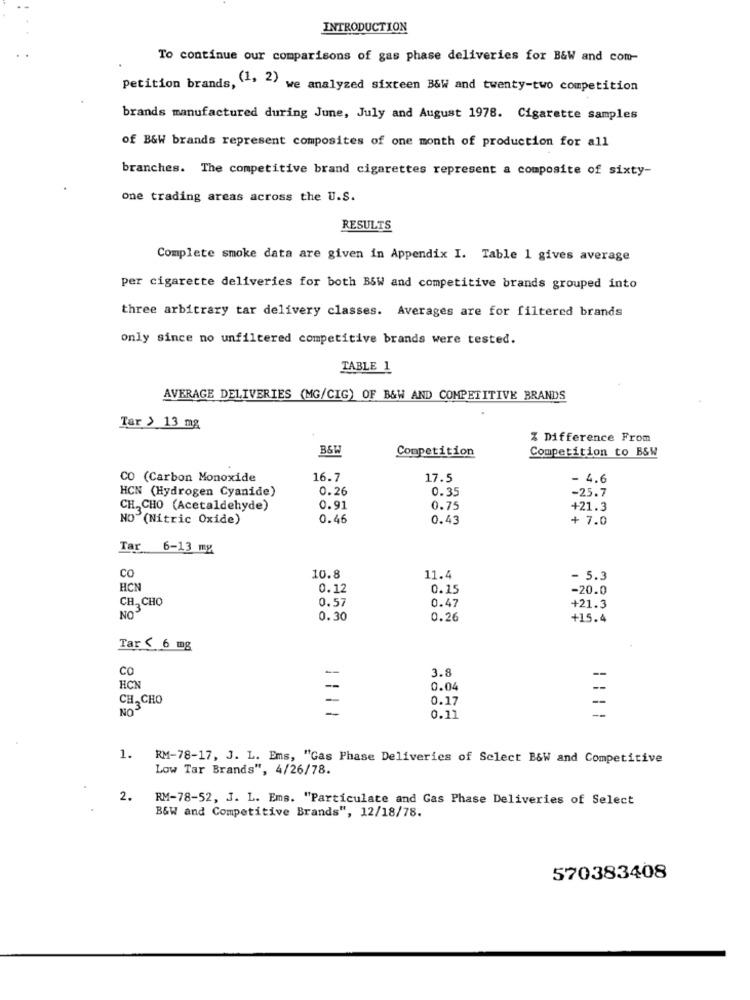
INTRODUCTION
To continue our comparisons of gas phase deliveries for B&W and com-
petition brands, (1, 2) we analyzed sixteen B&W and twenty-two competition
brands manufactured during June, July and August 1978. Cigarette samples
of B&W brands represent composites of one month of production for all
branches. The competitive brand cigarettes represent a composite of sixty-
one trading areas across the U.S.
RESULTS
Complete smoke data are given in Appendix I. Table 1 gives average
per cigarette deliveries for both BSW and competitive brands grouped into
three arbitrary tar delivery classes. Averages are for filtered brands
only since no unfiltered competitive brands were tested.
TABLE 1
AVERAGE DELIVERIES (MG/CIG) OF B&W AND COMPETITIVE BRANDS
Tar > 13 mg
% Difference From
B&W
Competition
Competition to BSW
CO (Carbon Monoxide
16.7
17.5
- 4.6
HCN (Hydrogen Cyanide)
0.26
0.35
-25.7
CH, CHO (Acetaldehyde)
0.91
0.75
+21.3
NO (Nitric Oxide)
0.46
0.43
+ 7.0
Tar 6-13 my
CO
10.8
11.4
- 5.3
HCN
0.12
0.15
-20.0
CH, CHO
0.57
0.47
NO3
+21.3
0.30
0.26
+15.4
Tar < 6 mg
CO
-
3.8
-
HCN
0.04
CH-CHO
0.17
-
0.11
1. RM-78-17, J. L. Ems, "Gas Phase Deliveries of Select B&W and Competitive
Low Tar Brands", 4/26/78.
2.
RM-78-52, J. L. Ems. "Particulate and Gas Phase Deliveries of Select
B&W and Competitive Brands", 12/18/78.
570383408